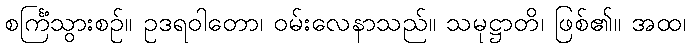
စင်္ကြံသွားစဉ်။ ဥဒရဝါတော၊ ဝမ်းလေနာသည်။ သမုဋ္ဌာတိ၊ ဖြစ်၏။ အထ၊